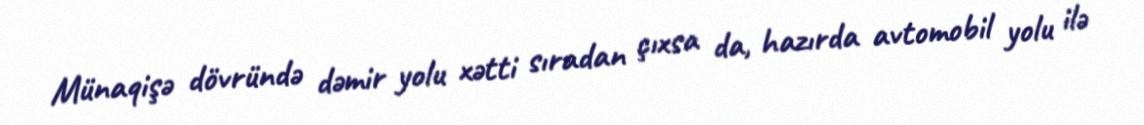
Münaqişə dövründə dəmir yolu xətti sıradan çıxsa da, hazırda avtomobil yolu ilə